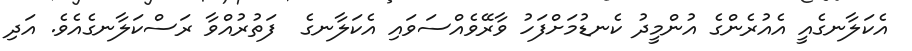
އެކަލާނގެއީ އެއުރެންގެ އުންމީދު ކެނޑުމަށްފަހު ވާރޭވެއްސަވައި އެކަލާނގެ  ފަތުރުއްވާ ރަސްކަލާނގެއެވެ. އަދި